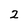
Character: 2